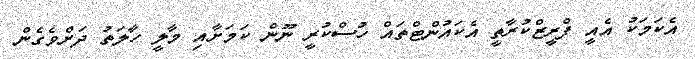
އެކަމަކު އެއީ ފްރީޒްކުރާތީ އެކައުންޓްތައް ހުސްކުރީ ނޫން ކަމަށާއި މާލީ ހާލަތު ދަށްވެގެން